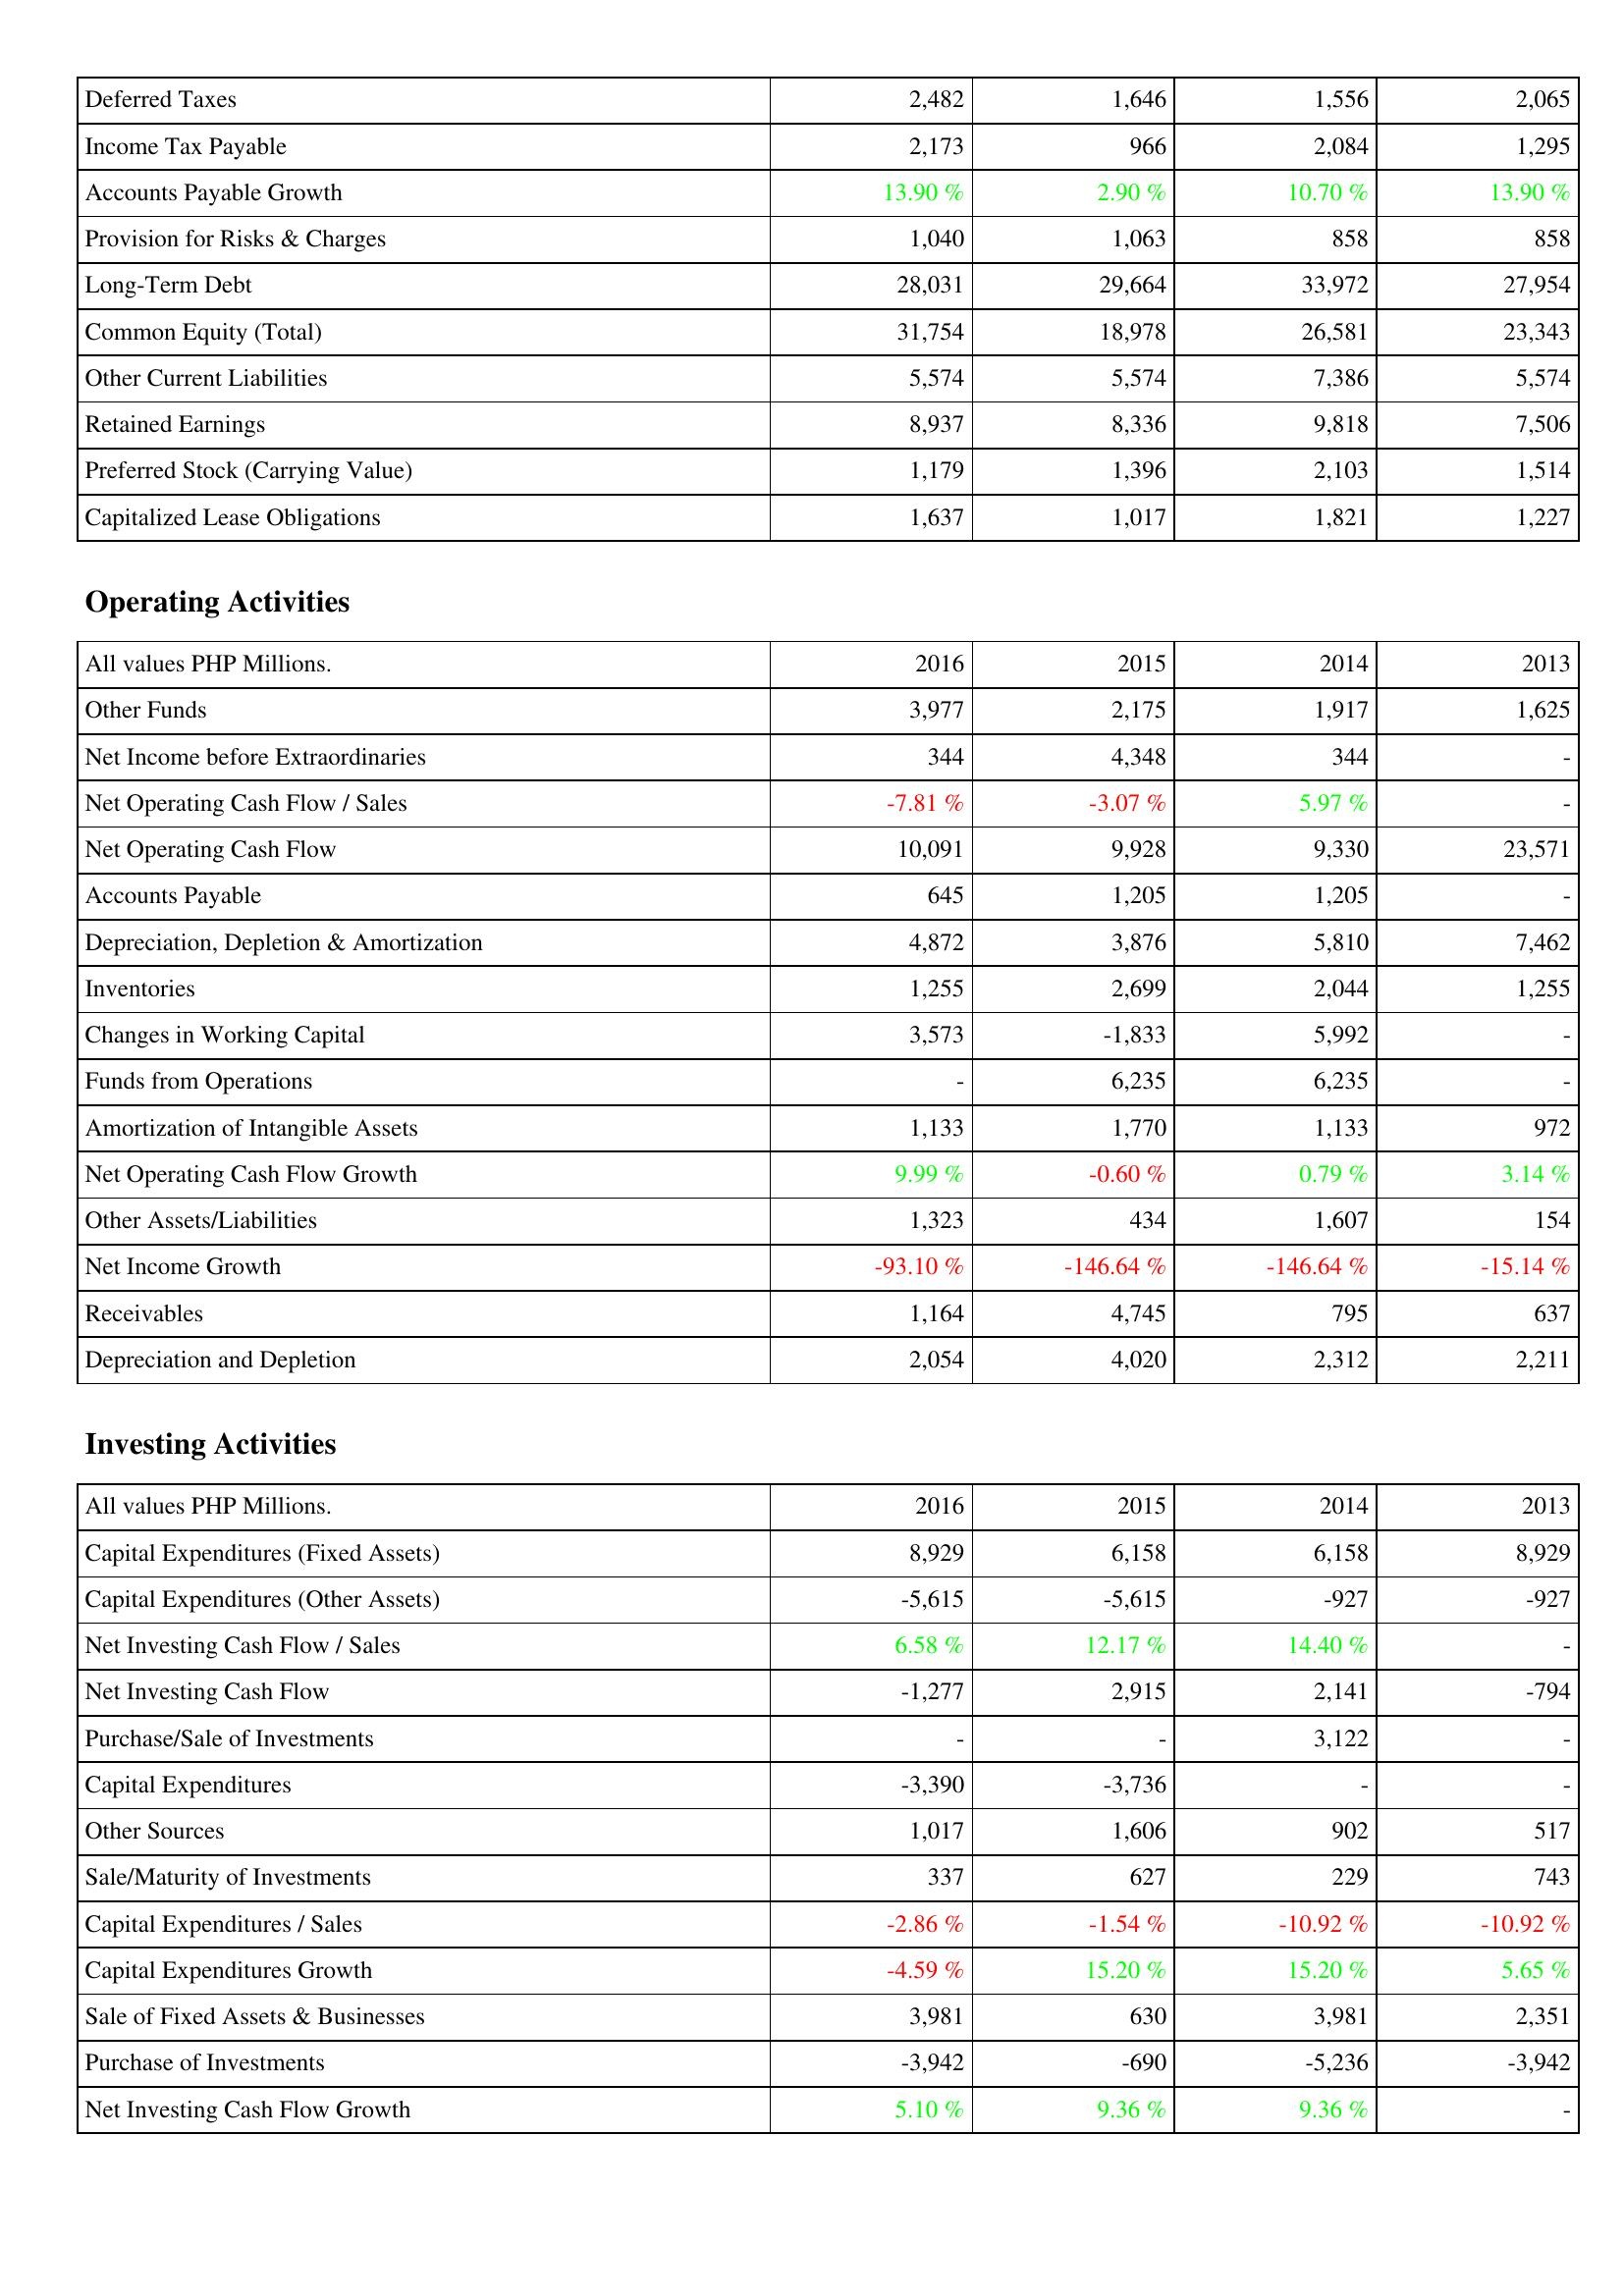
2016: Liabilities & Shareholders' Equity: Deferred Taxes: 2,482
Income Tax Payable: 2,173
Accounts Payable Growth: 13.90 %
Provision for Risks & Charges: 1,040
Long-Term Debt: 28,031
Common Equity (Total): 31,754
Other Current Liabilities: 5,574
Retained Earnings: 8,937
Preferred Stock (Carrying Value): 1,179
Capitalized Lease Obligations: 1,637
Operating Activities: Other Funds: 3,977
Net Income before Extraordinaries: 344
Net Operating Cash Flow / Sales: -7.81 %
Net Operating Cash Flow: 10,091
Accounts Payable: 645
Depreciation, Depletion & Amortization: 4,872
Inventories: 1,255
Changes in Working Capital: 3,573
Funds from Operations: -
Amortization of Intangible Assets: 1,133
Net Operating Cash Flow Growth: 9.99 %
Other Assets/Liabilities: 1,323
Net Income Growth: -93.10 %
Receivables: 1,164
Depreciation and Depletion: 2,054
Investing Activities: Capital Expenditures (Fixed Assets): 8,929
Capital Expenditures (Other Assets): -5,615
Net Investing Cash Flow / Sales: 6.58 %
Net Investing Cash Flow: -1,277
Purchase/Sale of Investments: -
Capital Expenditures: -3,390
Other Sources: 1,017
Sale/Maturity of Investments: 337
Capital Expenditures / Sales: -2.86 %
Capital Expenditures Growth: -4.59 %
Sale of Fixed Assets & Businesses: 3,981
Purchase of Investments: -3,942
Net Investing Cash Flow Growth: 5.10 %
2015: Liabilities & Shareholders' Equity: Deferred Taxes: 1,646
Income Tax Payable: 966
Accounts Payable Growth: 2.90 %
Provision for Risks & Charges: 1,063
Long-Term Debt: 29,664
Common Equity (Total): 18,978
Other Current Liabilities: 5,574
Retained Earnings: 8,336
Preferred Stock (Carrying Value): 1,396
Capitalized Lease Obligations: 1,017
Operating Activities: Other Funds: 2,175
Net Income before Extraordinaries: 4,348
Net Operating Cash Flow / Sales: -3.07 %
Net Operating Cash Flow: 9,928
Accounts Payable: 1,205
Depreciation, Depletion & Amortization: 3,876
Inventories: 2,699
Changes in Working Capital: -1,833
Funds from Operations: 6,235
Amortization of Intangible Assets: 1,770
Net Operating Cash Flow Growth: -0.60 %
Other Assets/Liabilities: 434
Net Income Growth: -146.64 %
Receivables: 4,745
Depreciation and Depletion: 4,020
Investing Activities: Capital Expenditures (Fixed Assets): 6,158
Capital Expenditures (Other Assets): -5,615
Net Investing Cash Flow / Sales: 12.17 %
Net Investing Cash Flow: 2,915
Purchase/Sale of Investments: -
Capital Expenditures: -3,736
Other Sources: 1,606
Sale/Maturity of Investments: 627
Capital Expenditures / Sales: -1.54 %
Capital Expenditures Growth: 15.20 %
Sale of Fixed Assets & Businesses: 630
Purchase of Investments: -690
Net Investing Cash Flow Growth: 9.36 %
2014: Liabilities & Shareholders' Equity: Deferred Taxes: 1,556
Income Tax Payable: 2,084
Accounts Payable Growth: 10.70 %
Provision for Risks & Charges: 858
Long-Term Debt: 33,972
Common Equity (Total): 26,581
Other Current Liabilities: 7,386
Retained Earnings: 9,818
Preferred Stock (Carrying Value): 2,103
Capitalized Lease Obligations: 1,821
Operating Activities: Other Funds: 1,917
Net Income before Extraordinaries: 344
Net Operating Cash Flow / Sales: 5.97 %
Net Operating Cash Flow: 9,330
Accounts Payable: 1,205
Depreciation, Depletion & Amortization: 5,810
Inventories: 2,044
Changes in Working Capital: 5,992
Funds from Operations: 6,235
Amortization of Intangible Assets: 1,133
Net Operating Cash Flow Growth: 0.79 %
Other Assets/Liabilities: 1,607
Net Income Growth: -146.64 %
Receivables: 795
Depreciation and Depletion: 2,312
Investing Activities: Capital Expenditures (Fixed Assets): 6,158
Capital Expenditures (Other Assets): -927
Net Investing Cash Flow / Sales: 14.40 %
Net Investing Cash Flow: 2,141
Purchase/Sale of Investments: 3,122
Capital Expenditures: -
Other Sources: 902
Sale/Maturity of Investments: 229
Capital Expenditures / Sales: -10.92 %
Capital Expenditures Growth: 15.20 %
Sale of Fixed Assets & Businesses: 3,981
Purchase of Investments: -5,236
Net Investing Cash Flow Growth: 9.36 %
2013: Liabilities & Shareholders' Equity: Deferred Taxes: 2,065
Income Tax Payable: 1,295
Accounts Payable Growth: 13.90 %
Provision for Risks & Charges: 858
Long-Term Debt: 27,954
Common Equity (Total): 23,343
Other Current Liabilities: 5,574
Retained Earnings: 7,506
Preferred Stock (Carrying Value): 1,514
Capitalized Lease Obligations: 1,227
Operating Activities: Other Funds: 1,625
Net Income before Extraordinaries: -
Net Operating Cash Flow / Sales: -
Net Operating Cash Flow: 23,571
Accounts Payable: -
Depreciation, Depletion & Amortization: 7,462
Inventories: 1,255
Changes in Working Capital: -
Funds from Operations: -
Amortization of Intangible Assets: 972
Net Operating Cash Flow Growth: 3.14 %
Other Assets/Liabilities: 154
Net Income Growth: -15.14 %
Receivables: 637
Depreciation and Depletion: 2,211
Investing Activities: Capital Expenditures (Fixed Assets): 8,929
Capital Expenditures (Other Assets): -927
Net Investing Cash Flow / Sales: -
Net Investing Cash Flow: -794
Purchase/Sale of Investments: -
Capital Expenditures: -
Other Sources: 517
Sale/Maturity of Investments: 743
Capital Expenditures / Sales: -10.92 %
Capital Expenditures Growth: 5.65 %
Sale of Fixed Assets & Businesses: 2,351
Purchase of Investments: -3,942
Net Investing Cash Flow Growth: -